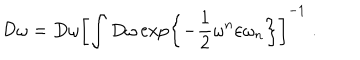
{ \cal D } \omega = D \omega \left[ \int D \omega \exp \left\{ - \frac { 1 } { 2 } \omega ^ { n } \varepsilon \omega _ { n } \right\} \right] ^ { - 1 } \; .